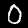
Label: 0